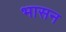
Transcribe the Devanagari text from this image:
भासन